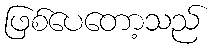
ဖြစ်ပေတော့သည်